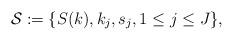
LaTeX: \begin{align*}\mathcal{S} := \{ S(k), k_j, s_j, 1 \leq j \leq J \},\end{align*}